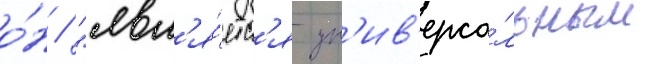
о́н / "явл'я́етс'я ун'ив'ерса́льным